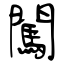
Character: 闖